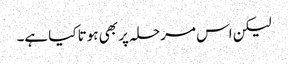
لیکن اس مرحلہ پر بھی ہوتا کیا ہے۔